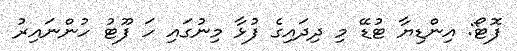
ފޮޓޯ: އިންޑިޔާ ޓުޑޭ މި ދިދައިގެ ފުޅާ މިނުގައި ހަ ފޫޓު ހުންނައިރު